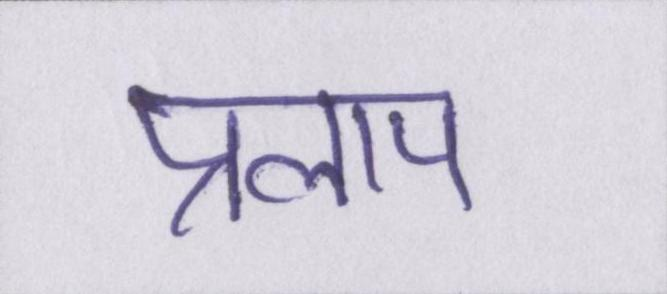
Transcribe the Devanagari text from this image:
प्रलाप